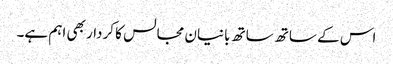
اس کے ساتھ ساتھ بانیان مجالس کا کردار بھی اہم ہے۔